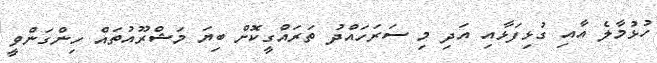
ހުޅުމާލެ އާއި ގުޅިފަޅާއި އަދި މި ސަރަހައްދު ތަރައްގީކޮށް ބިޔަ މަޝްރޫއުތައް ހިންގަންވީ